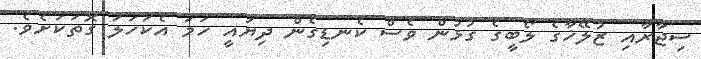
ސިޖާރާއި ޒުލޭޚާގެ ލޯބީގެ ގުޅުން ވެސް ކެނޑިގެން ދިޔައީ ހަމަ އެކަހަލަ ގޮތަކަށެވެ.